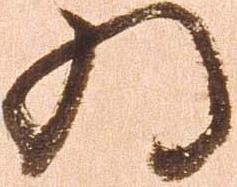
為